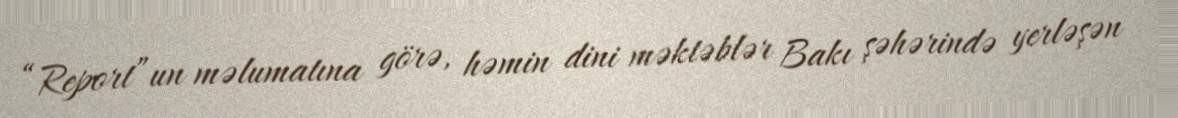
“Report”un məlumatına görə, həmin dini məktəblər Bakı şəhərində yerləşən